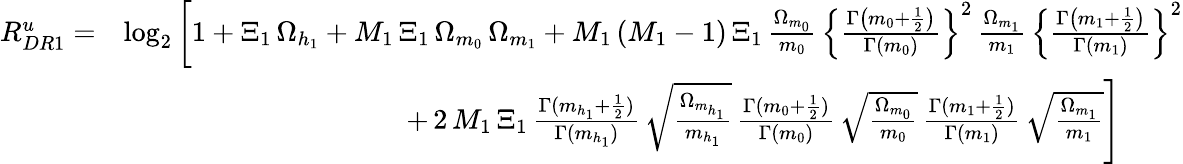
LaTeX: \begin{array}{rl}{R_{DR1}^{u}=}&{\log_{2}\left[1+\Xi_{1}\, {\Omega_{h_{1}}}+M_{1}\, \Xi_{1}\, {\Omega_{m_{0}}\, \Omega_{m_{1}}}+M_{1}\left(M_{1}-1\right)\, \Xi_{1}\, \frac{\Omega_{m_{0}}}{m_{0}}\, \left\{ \frac{\Gamma\left(m_{0}+\frac{1}{2}\right)}{\Gamma\left(m_{0}\right)}\right\} ^{2}\, \frac{\Omega_{m_{1}}}{m_{1}}\, \left\{ \frac{\Gamma\left(m_{1}+\frac{1}{2}\right)}{\Gamma\left(m_{1}\right)}\right\} ^{2}\right.}\\ &{\left.\qquad\qquad\qquad\qquad\qquad+\, 2\, M_{1}\, \Xi_{1}\, \frac{\Gamma(m_{h_{1}}+\frac{1}{2})}{\Gamma(m_{h_{1}})}\, \sqrt{\frac{\Omega_{m_{h_{1}}}}{m_{h_{1}}}}\, \frac{\Gamma(m_{0}+\frac{1}{2})}{\Gamma(m_{0})}\, \sqrt{\frac{\Omega_{m_{0}}}{m_{0}}}\, \frac{\Gamma(m_{1}+\frac{1}{2})}{\Gamma(m_{1})}\, \sqrt{\frac{\Omega_{m_{1}}}{m_{1}}}\right]}\end{array}